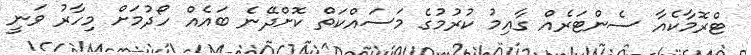
ޓްރޮމާކެއާ ސެންޓަރެއް ގާއިމު ކުރުމުގެ މަސައްކަތް ކޮށްދޭނެ ބައެއް ހޯދުމަށް މިހާރު ވަނީ